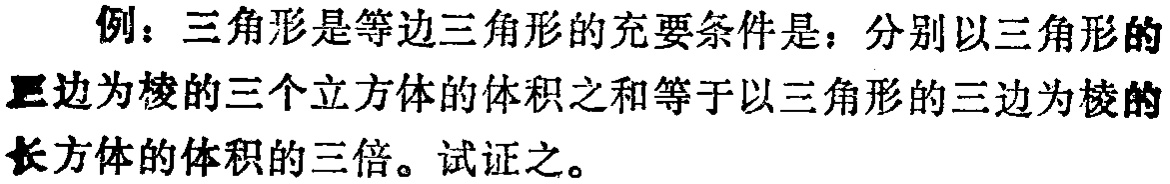
例：三角形是等边三角形的充要条件是：分别以三角形的三边为棱的三个立方体的体积之和等于以三角形的三边为棱的长方体的体积的三倍。试证之。